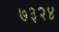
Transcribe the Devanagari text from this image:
७३२४